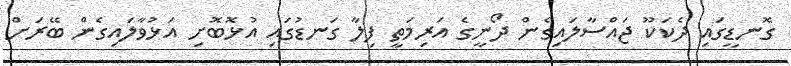
ގޮނޑީގައި ދެކަކޫ ޖައްސާލައިގެން ދޯނީގެ އަރިމަތީ ފިލާ ގަނޑުގައި އުޅޮބޮށި އަޅުވާލައިގެން ބޭރަށް